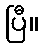
ပြီ။